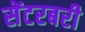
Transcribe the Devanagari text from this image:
सेंटरबरी